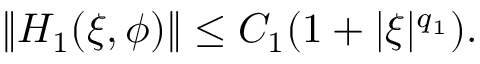
\begin{array} { r } { \| H _ { 1 } ( \xi , \phi ) \| \le C _ { 1 } ( 1 + | \xi | ^ { q _ { 1 } } ) . } \end{array}